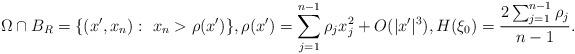
LaTeX: \begin{align*}{\Omega}\cap B_R=\{(x',x_n):\ x_n>\rho(x')\},\rho(x')=\sum_{j=1}^{n-1} \rho_j x_j^2+O(|x'|^3),H(\xi_0)=\frac{2\sum_{j=1}^{n-1}\rho_j}{n-1}.\end{align*}